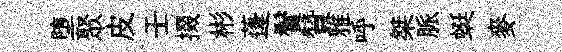
堕聚皮壬掇彬蓬鬢贊雅呼桀脈蜓麥